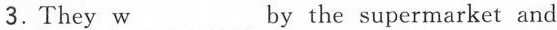
3.They \underline{w} by the supermarket and